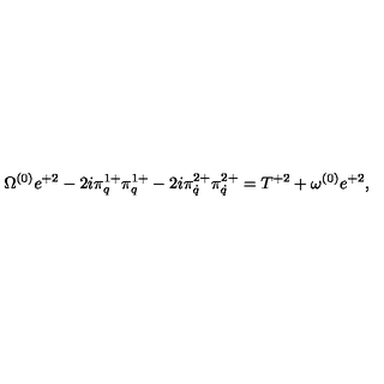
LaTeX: \Omega ^ { ( 0 ) } e ^ { + 2 } - 2 i \pi _ { q } ^ { 1 + } \pi _ { q } ^ { 1 + } - 2 i \pi _ { \dot { q } } ^ { 2 + } \pi _ { \dot { q } } ^ { 2 + } = T ^ { + 2 } + \omega ^ { ( 0 ) } e ^ { + 2 } ,